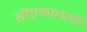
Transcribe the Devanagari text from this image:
सीएफएमपी